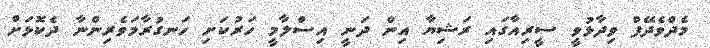
މެދްވެދޭފް ވިދާޅުވީ ސީރިއާގައި ރަޝިޔާ އިން ދަނީ އިސްލާމީ ހަރުކަށި ހަނގުރާމަވެރިންނާ ދެކޮޅަށް